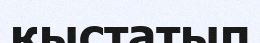
қыстатып